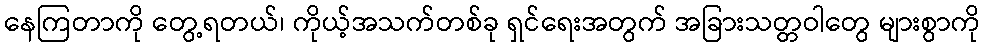
နေကြတာကို တွေ့ရတယ်၊ ကိုယ့်အသက်တစ်ခု ရှင်ရေးအတွက် အခြားသတ္တဝါတွေ များစွာကို